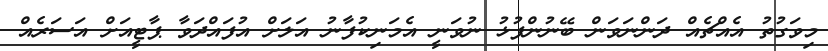
މިވަގުތު އެއްޗެއް ދަންނަވަން ބޭނުންފުޅު ނުވަނީ އެމަނިކުފާނު އަލަށް އުފައްދަވާ ޕާޓީއަށް އަސަރެއް